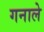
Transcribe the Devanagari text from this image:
गनाले